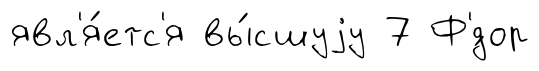
явл'я́етс'я вы́сшуjу 7 Ф'́дор